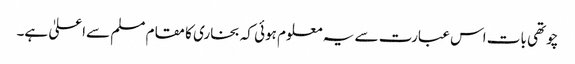
چوتھی بات اس عبارت سے یہ معلوم ہوئی کہ بخاری کا مقام مسلم سےاعلیٰ ہے۔